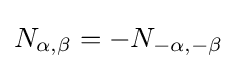
N_{\alpha ,\beta }=-N_{-\alpha ,-\beta }